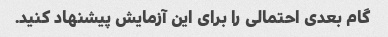
گام بعدی احتمالی را برای این آزمایش پیشنهاد کنید.